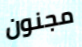
مجنون